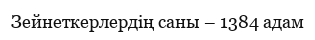
Зейнеткерлердің саны – 1384 адам